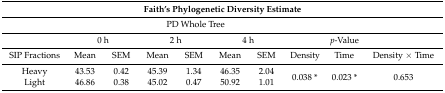
| <COLSPAN=10> Faith’s Phylogenetic Diversity Estimate |
 | --- | --- | --- | --- | --- | --- | --- | --- | --- | --- |
 |  | <COLSPAN=7> PD Whole Tree |  |  |
 |  | <COLSPAN=2> 0 h | <COLSPAN=2> 2 h | <COLSPAN=2> 4 h |  | p-Value |  |
 | SIP Fractions | Mean | SEM | Mean | SEM | Mean | SEM | Density | Time | Density × Time |
 | Heavy | 43.53 | 0.42 | 45.39 | 1.34 | 46.35 | 2.04 | <ROWSPAN=2> 0.038 * | <ROWSPAN=2> 0.023 * | <ROWSPAN=2> 0.653 |
 | Light | 46.86 | 0.38 | 45.02 | 0.47 | 50.92 | 1.01 |